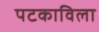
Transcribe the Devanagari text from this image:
पटकाविला